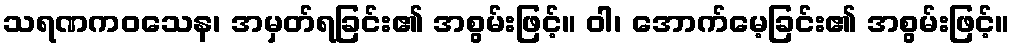
သရဏကဝသေန၊ အမှတ်ရခြင်း၏ အစွမ်းဖြင့်။ ဝါ၊ အောက်မေ့ခြင်း၏ အစွမ်းဖြင့်။